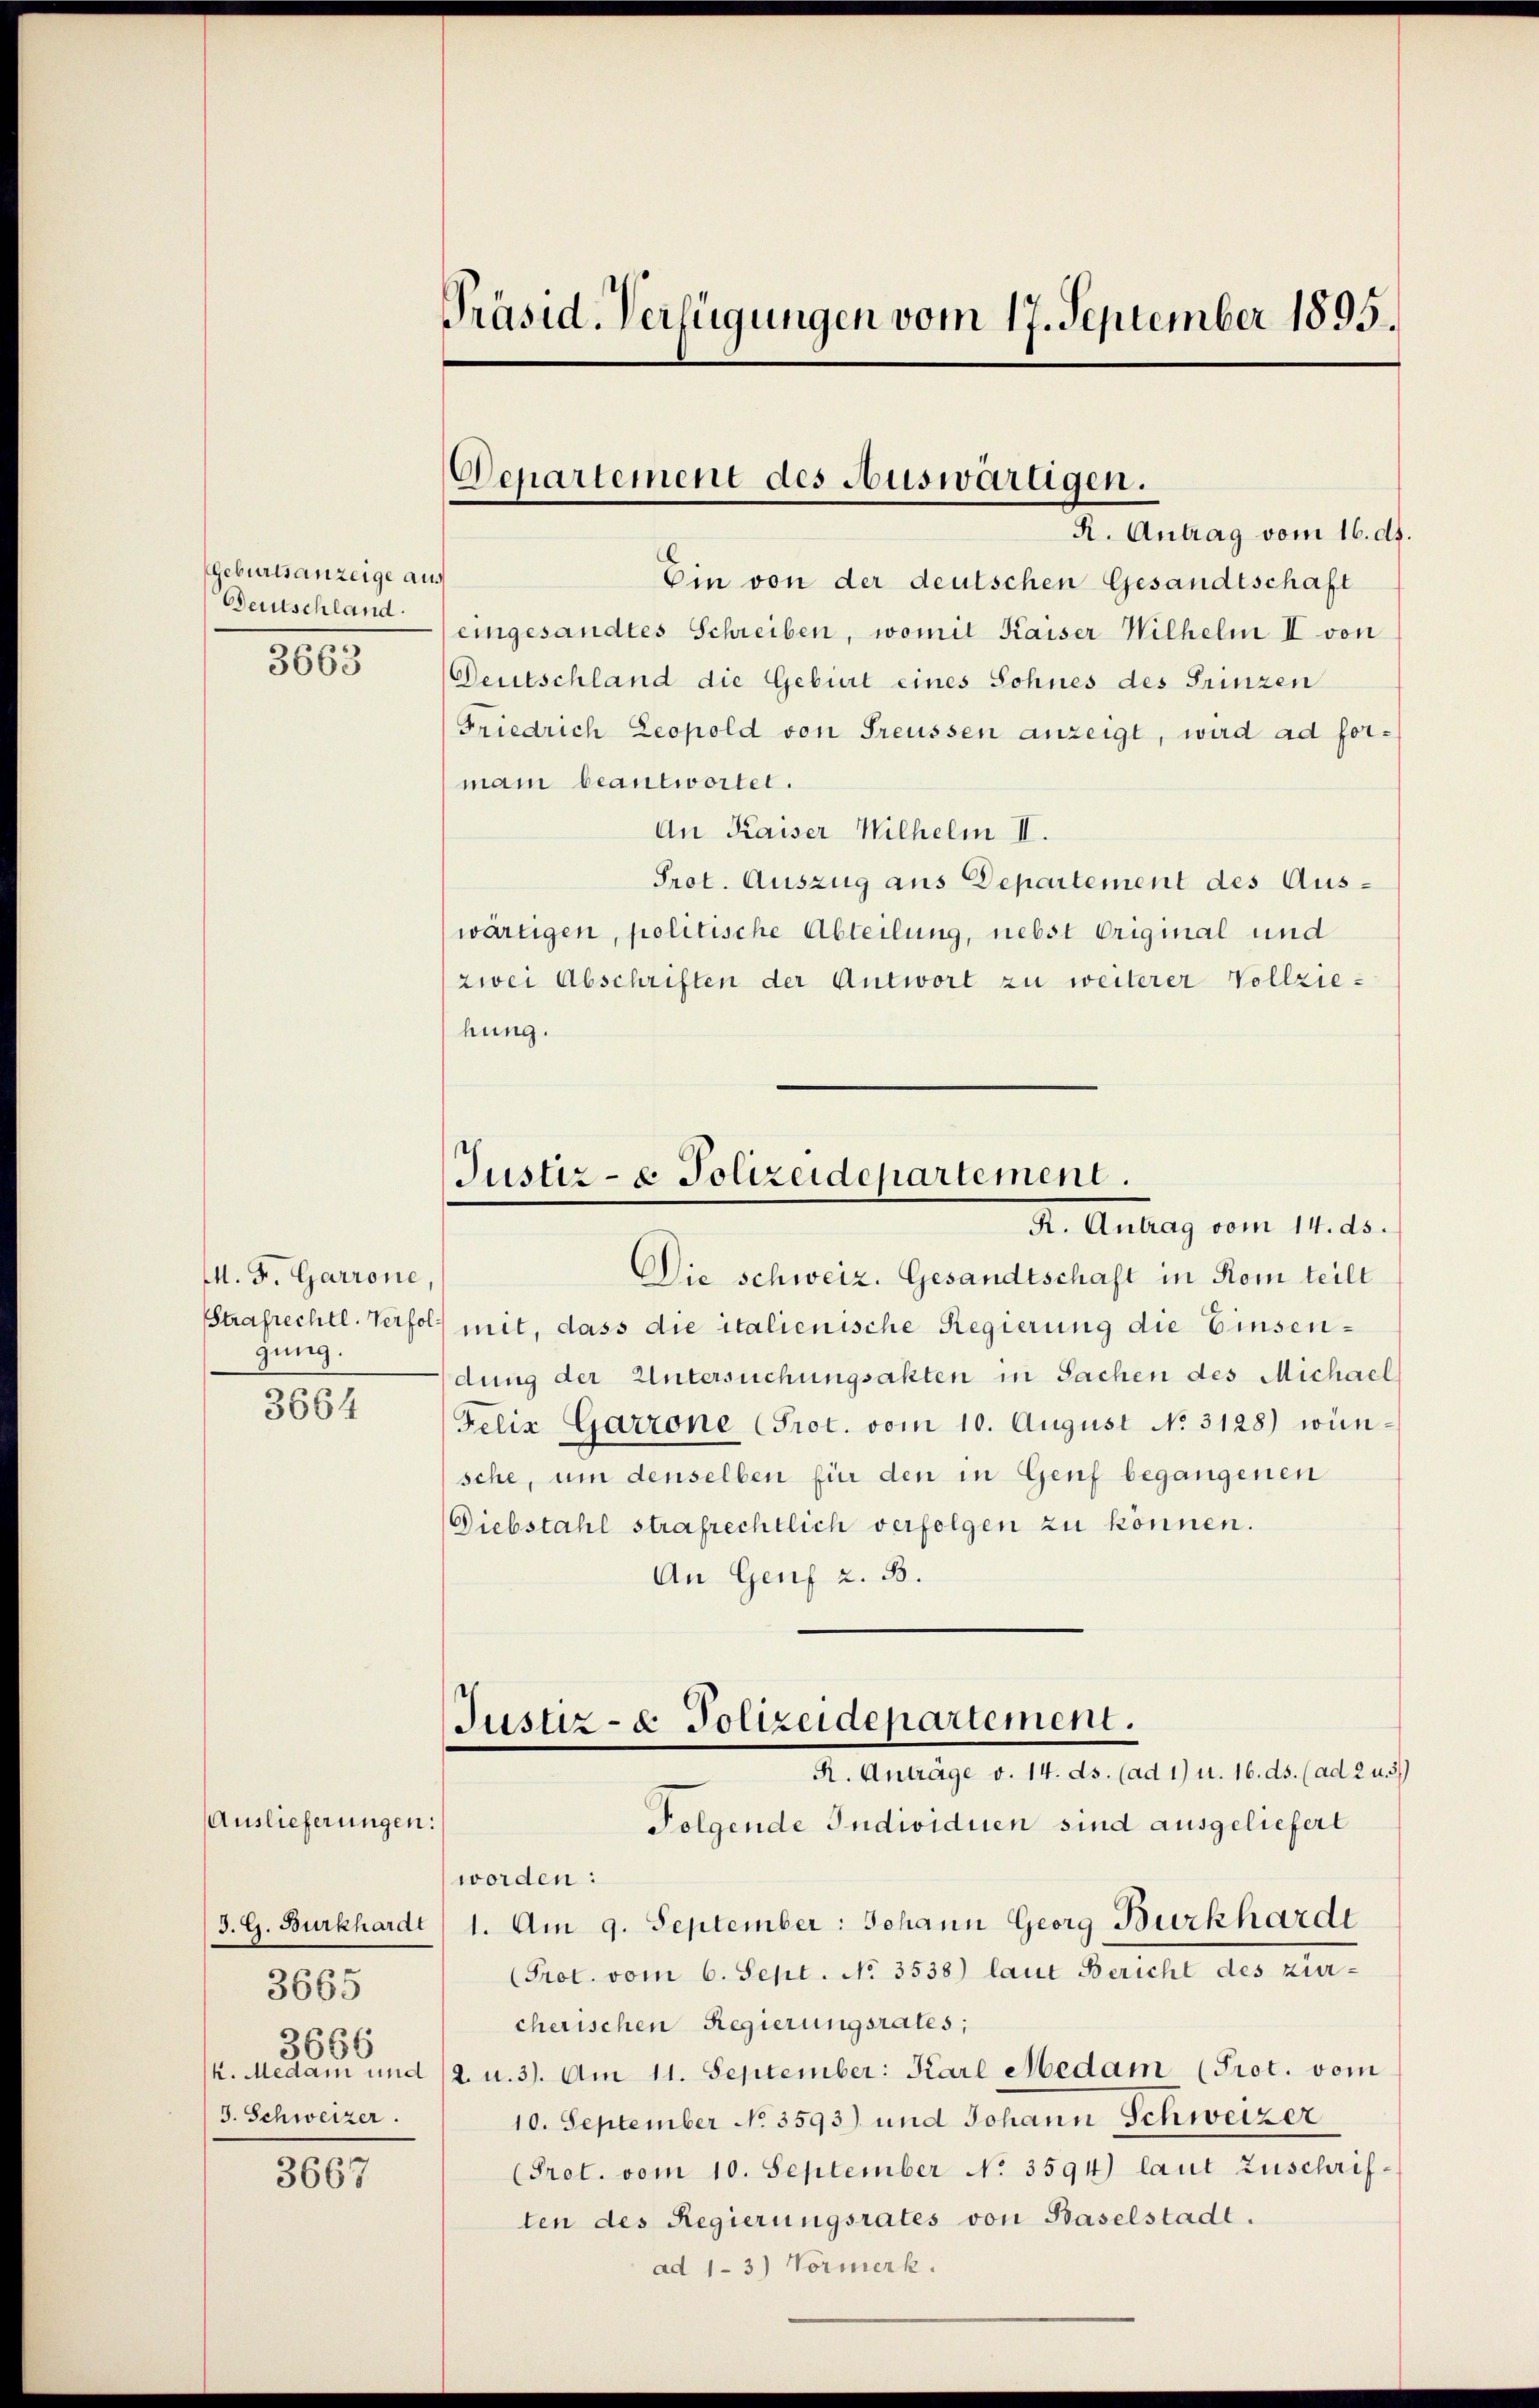
Geburtsanzeige au
Bauschland.
3663

M. F. Garrone,
gung.

3664

Auslieferungen:
J. G. Burkhardt
3665
3666
k. Medam und
3. Schweizer.

3667

Präsid. Verfügungen vom 17. September 1895.

Departement des Auswärtigen.
R. Antrag vom 16. ds.

Ein von der deutschen Gesandtschaft
eingesandtes Schreiben, womit Kaiser Wilhelm II von
Deutschland die Geburt eines Sohnes des Prinzen
Friedrich Leopold von Freussen anzeigt, wird ad forman beantwortet.
An Kaiser Wilhelm II.
Prot. Auszug aus Departement des Auswärtigen, politische Abteilung, nebst Original und
(zwei Abschriften der Antwort zu weiterer Vollziehung.

Justiz- & Polizeidepartement.
Dr. Antrag vom 11. ds.

Justiz- & Polizeidepartement.
R. Anträge v. 14. ds. (ad 1) u. 16. ds. (ad 2 u. 3)

Die Schweiz. Gesandtschaft in Rom teilt
Strafrechtl. Verfolg mit, dass die italienische Regierung die Einsendung der Untersuchungsakten in Sachen des Michael
Felix Garrone (Prot. vom 10. August No. 3128) wünsche, um denselben für den in Genf begangenen
Diebstahl strafrechtlich verfolgen zu können.
An Genf z. B.
Folgende Individuen sind ausgeliefert
worden:
1. Am 9. September: Johann Georg Burkharde
Prot. vom 6. Sept. No. 3538) laut Bericht des zürcherischen Regierungsrates;
2. u. 3). Am 11. September: Karl Medam (Prot. vom
10. September No. 3593) und Johann Schweizer
(Prot. vom 10. September No. 3594) laut Zuschriften des Regierungsrates von Baselstadt.
ad 13) Vormerk.